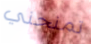
تمنحني